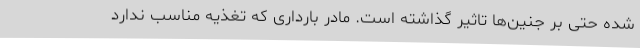
شده حتی بر جنین‌ها تاثیر گذاشته است. مادر بارداری که تغذیه مناسب ندارد